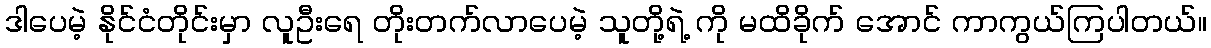
ဒါပေမဲ့ နိုင်ငံတိုင်းမှာ လူဦးရေ တိုးတက်လာပေမဲ့ သူတို့ရဲ့ ကို မထိခိုက် အောင် ကာကွယ်ကြပါတယ်။